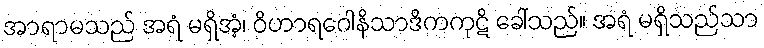
အာရာမသည် အရံ မရှိအံ့၊ ဝိဟာရဂေါနိသာဒိကကုဋိ ခေါ်သည်။ အရံ မရှိသည်သာ